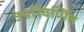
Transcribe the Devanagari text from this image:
उपरिवर्णित